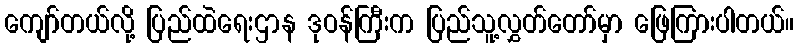
ကျော်တယ်လို့ ပြည်ထဲရေးဌာန ဒုဝန်ကြီးက ပြည်သူ့လွှတ်တော်မှာ ဖြေကြားပါတယ်။